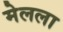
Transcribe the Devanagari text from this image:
मेलला